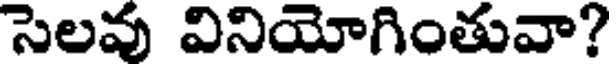
సెలవు వినియోగింతువా?